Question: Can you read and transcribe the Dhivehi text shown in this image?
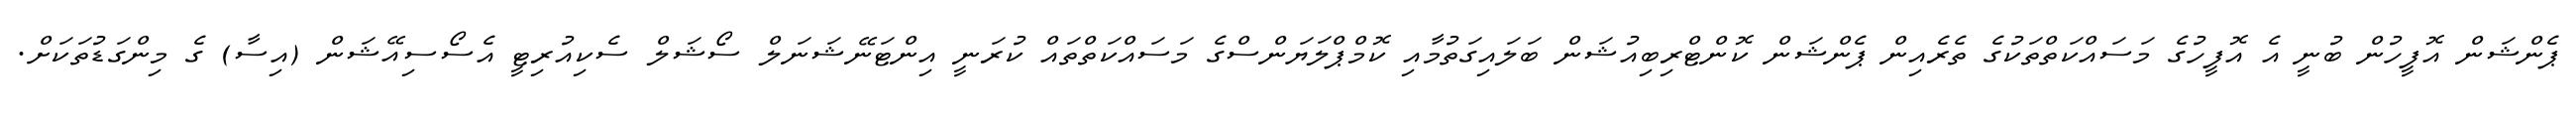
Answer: ޕެންޝަން އޮފީހުން ބުނީ އެ އޮފީހުގެ މަސައްކަތްތަކުގެ ތެރެއިން ޕެންޝަން ކޮންޓްރިބިއުޝަން ބަލައިގަތުމާއި ކޮމްޕްލަޔަންސްގެ މަސައްކަތްތައް ކުރަނީ އިންޓަނޭޝަނަލް ސޯޝަލް ސެކިއުރިޓީ އެސޯސިއޭޝަން (އިސާ) ގެ މިންގަޑުތަކަށް.